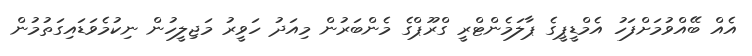
އެއް ބޭއްވުމަށްފަހު އެމްޑީޕީގެ ޕާލަމެންޓްރީ ގްރޫޕްގެ މެންބަރުން މިއަދު ހަވީރު މަޖިލީހުން ނިކުމެވަޑައިގަތުމުން